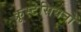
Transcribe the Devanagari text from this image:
क्रूस्टेसियनों